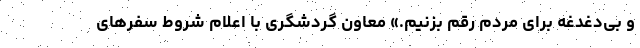
و بی‌دغدغه برای مردم رقم بزنیم.» معاون گردشگری با اعلام شروط سفرهای